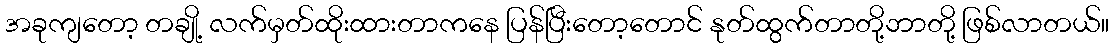
အခုကျတော့ တချို့ လက်မှတ်ထိုးထားတာကနေ ပြန်ပြီးတော့တောင် နုတ်ထွက်တာတို့ဘာတို့ ဖြစ်လာတယ်။